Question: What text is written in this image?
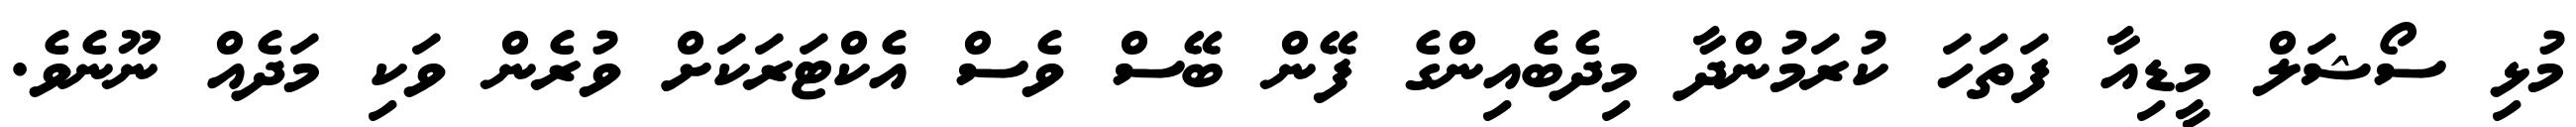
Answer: މުޅި ސޯޝަލް މީޑިއާ ފަތަހަ ކުރަމުންދާ މިދެބެއިންގެ ފޭން ބޭސް ވެސް އެކްޓަރަކަށް ވުރެން ވަކި މަދެއް ނޫނެވެ.